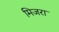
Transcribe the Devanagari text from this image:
मिजरा